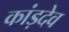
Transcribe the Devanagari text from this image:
कांड़देव